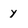
Character: y